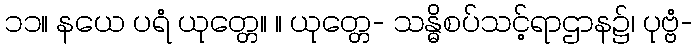
၁၁။ နယေ ပရံ ယုတ္တေ။ ။ ယုတ္တေ- သန္ဓိစပ်သင့်ရာဌာန၌၊ ပုဗ္ဗံ-